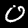
Digit: 0